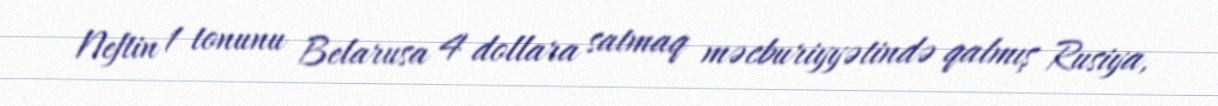
Neftin 1 tonunu Belarusa 4 dollara satmaq məcburiyyətində qalmış Rusiya,